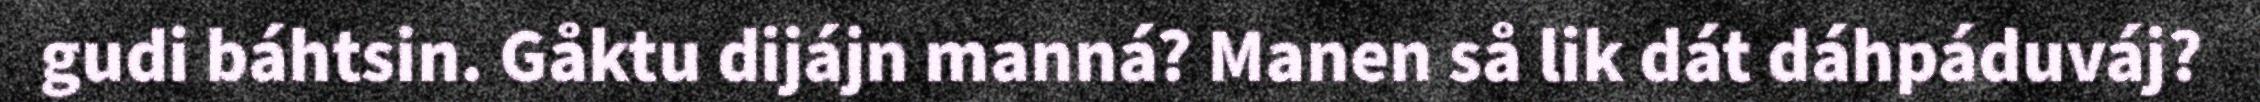
gudi báhtsin. Gåktu dijájn manná? Manen så lik dát dáhpáduváj?